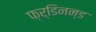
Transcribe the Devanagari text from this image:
फ़र्डिनन्ड